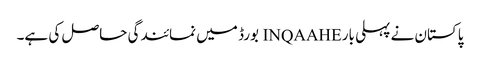
پاکستان نے پہلی بار INQAAHE بورڈ میں نمائندگی حاصل کی ہے۔